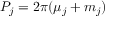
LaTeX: { \cal P } _ { j } = 2 \pi ( \mu _ { j } + m _ { j } )